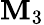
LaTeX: \mathbf{M}_{3}